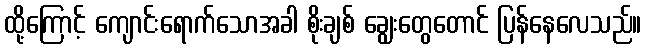
ထို့ကြောင့် ကျောင်းရောက်သောအခါ စိုးချစ် ချွေးတွေတောင် ပြန်နေလေသည်။